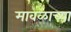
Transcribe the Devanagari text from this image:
मावळाच्या